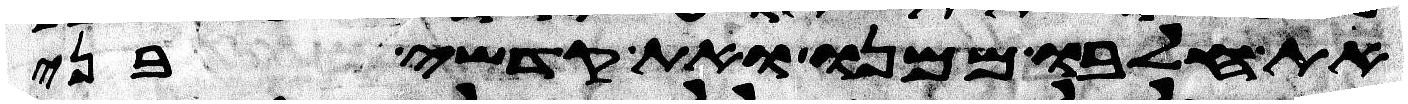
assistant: את חלבו ממנו ואת קדשי בני